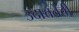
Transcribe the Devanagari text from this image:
उदात्ततेची